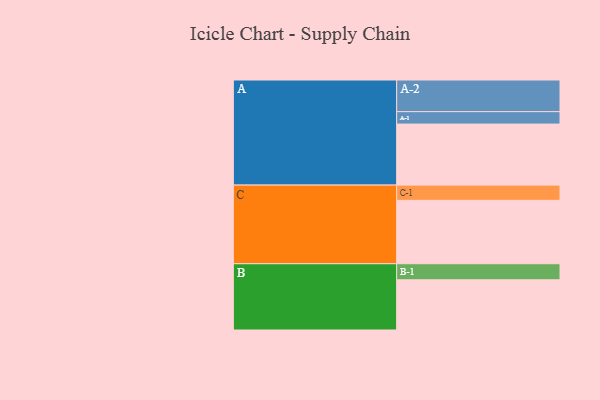
{"axis": {"x": "Segment", "y": "Value"}, "legend": ["", "A", "B", "C"], "data": [{"x": "A", "y": 569, "type": ""}, {"x": "B", "y": 468, "type": ""}, {"x": "C", "y": 591, "type": ""}, {"x": "A-1", "y": 116, "type": "A"}, {"x": "A-2", "y": 295, "type": "A"}, {"x": "B-1", "y": 150, "type": "B"}, {"x": "C-1", "y": 142, "type": "C"}]}